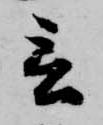
言